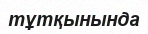
тұтқынында